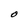
Character: O